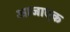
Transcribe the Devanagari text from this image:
आजाएक